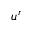
u ^ { r }